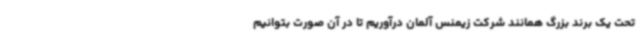
تحت یک برند بزرگ همانند شرکت زیمنس آلمان درآوریم تا در آن صورت بتوانیم